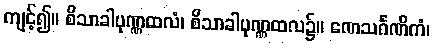
ကျင့်၍။ စိသာခါပုဏ္ဏထလံ၊ စိသာခါပုဏ္ဏထလ၌။ ဏေသင်္ဂဏိကံ၊